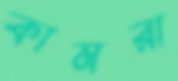
কামরা